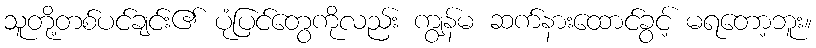
သူတို့တစ်ပင်ချင်း၏ ပုံပြင်တွေကိုလည်း ကျွန်မ ဆက်နားထောင်ခွင့် မရတော့ဘူး။